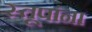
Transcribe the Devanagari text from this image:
स्तूपांना